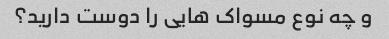
و چه نوع مسواک هایی را دوست دارید؟